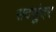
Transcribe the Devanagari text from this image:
सदसुंदर